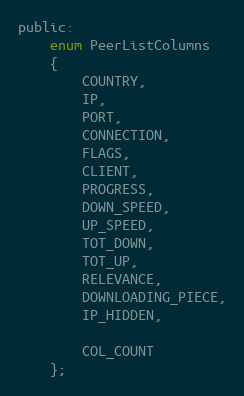
Language: C
public:
    enum PeerListColumns
    {
        COUNTRY,
        IP,
        PORT,
        CONNECTION,
        FLAGS,
        CLIENT,
        PROGRESS,
        DOWN_SPEED,
        UP_SPEED,
        TOT_DOWN,
        TOT_UP,
        RELEVANCE,
        DOWNLOADING_PIECE,
        IP_HIDDEN,

        COL_COUNT
    };